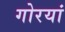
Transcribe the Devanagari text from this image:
गोरयां